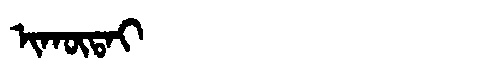
Manchu: ᡳᡴᡡᡨᠠᡳ
Romanization: IKŪTAI